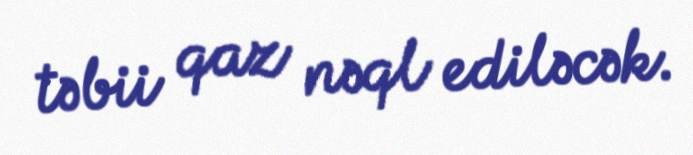
təbii qaz nəql ediləcək.